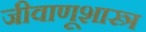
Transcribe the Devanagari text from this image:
जीवाणूशास्त्र